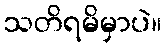
သတိရမိမှာပဲ။